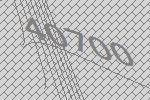
40700